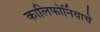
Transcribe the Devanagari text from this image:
कालिफोर्नियाचे